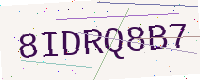
Text: 8IDRQ8B7